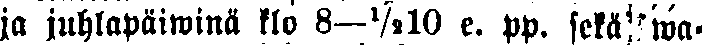
ja juhlapäiwinä klo 8—½1O e. pp. sekä wa-